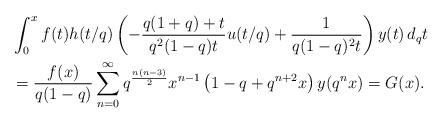
LaTeX: \begin{align*} & \int_{0}^{x} f(t) h(t/q) \left( -\frac{q(1+q)+t}{q^2 (1-q)t} u(t/q) +\frac{1}{q(1-q)^2t} \right)y(t)\, d_qt \\&= \frac{f(x)}{q (1-q)} \sum_{n=0}^{\infty} q^{\frac{n(n-3)}{2}}x^{n-1} \left(1-q+q^{n+2}x\right) y(q^n x)= G(x). \end{align*}